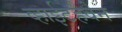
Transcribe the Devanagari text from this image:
व्हाईटहैवेन